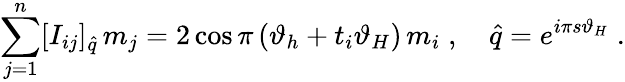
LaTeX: \sum_{j=1}^{n}[I_{ij}]_{\hat{q}}\, m_{j}=2\cos\pi\left(\vartheta_{h}+t_{i}\vartheta_{H}\right)\, m_{i}\; ,\quad\hat{q}=e^{i\pi s\vartheta_{H}}\; .